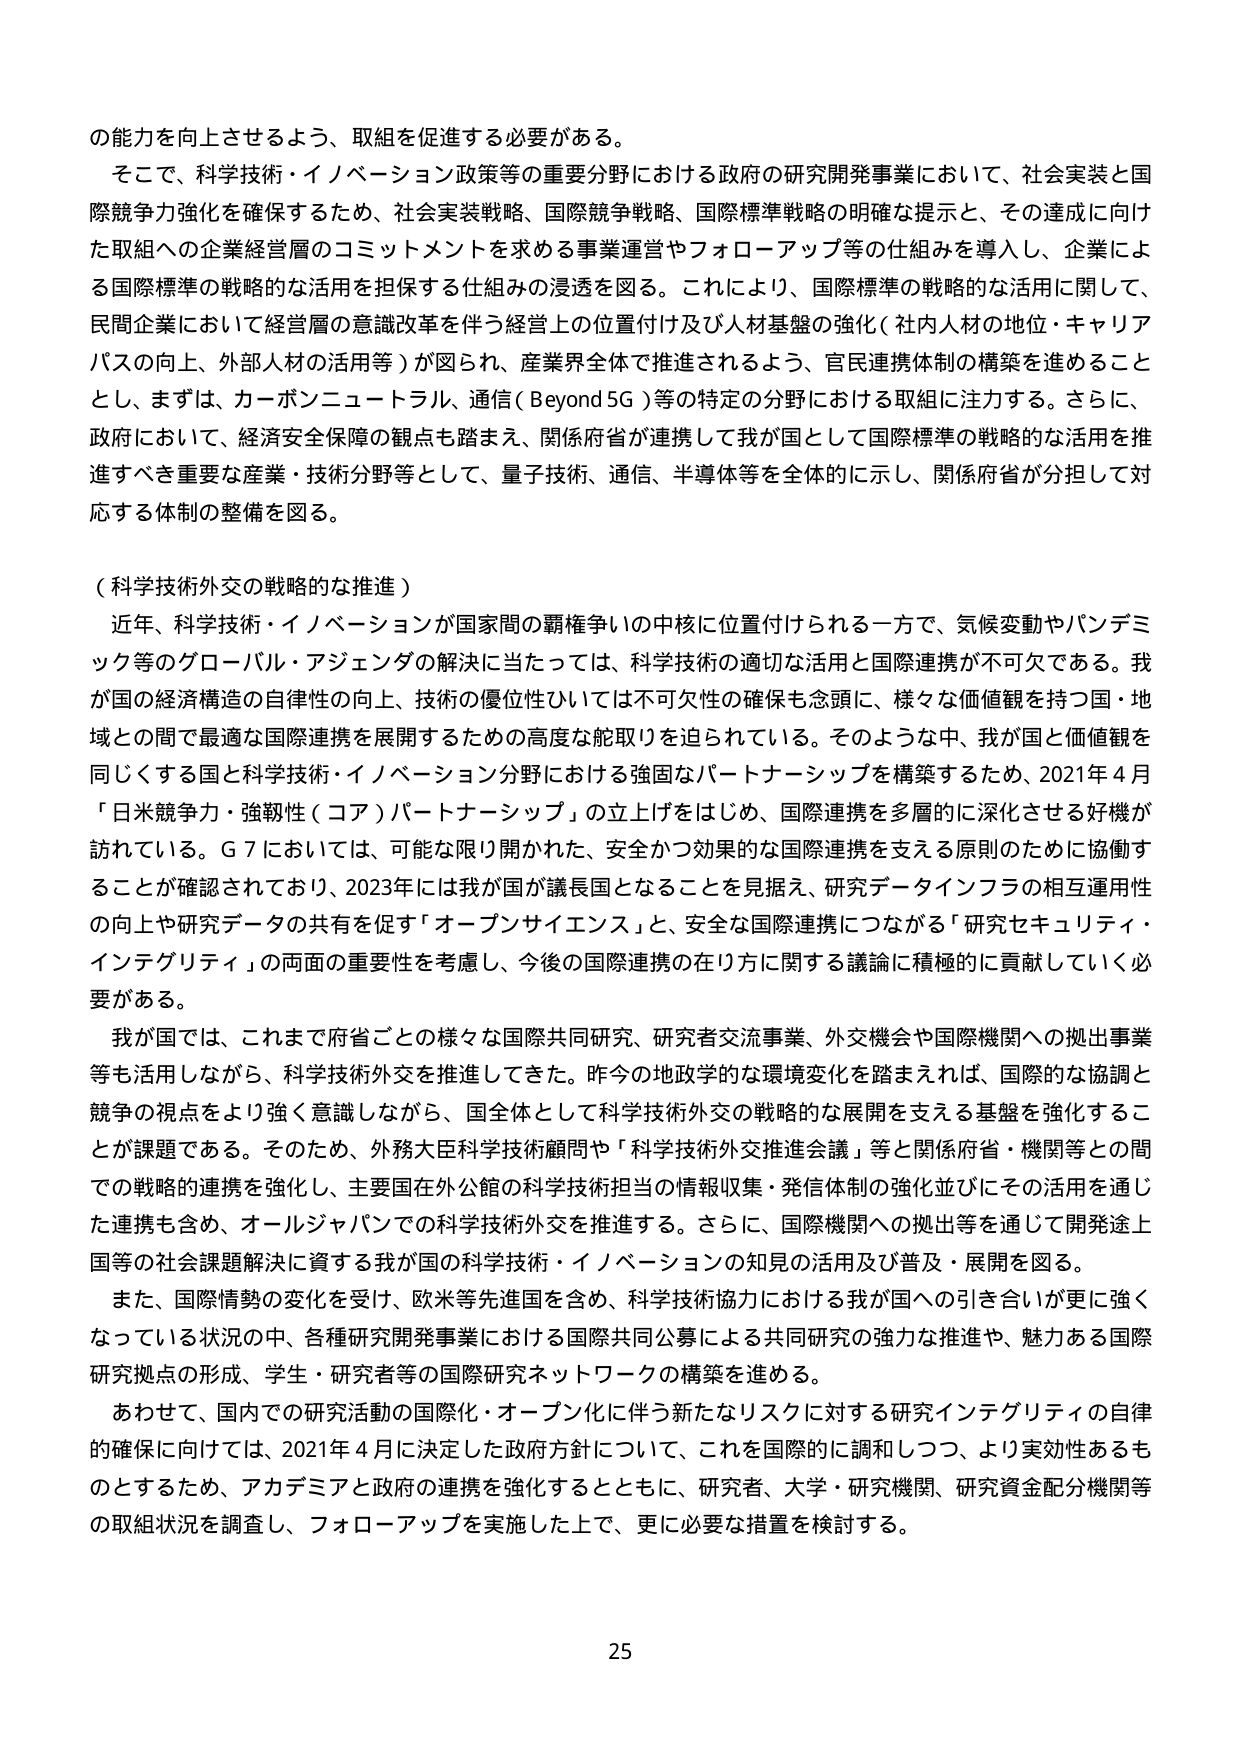
の能力を向上させるよう、取組を促進する必要がある。

そこで、科学技術・イノベーション政策等の重要分野における政府の研究開発事業において、社会実装と国際競争力強化を確保するため、社会実装戦略、国際競争戦略、国際標準戦略の明確な提示と、その達成に向けた取組への企業経営層のコミットメントを求める事業運営やフォローアップ等の仕組みを導入し、企業による国際標準の戦略的な活用を担保する仕組みの浸透を図る。これにより、国際標準の戦略的な活用に関して、民間企業において経営層の意識改革を伴う経営上の位置付け及び人材基盤の強化（社内人材の地位・キャリアパスの向上、外部人材の活用等）が図られ、産業界全体で推進されるよう、官民連携体制の構築を進めることとし、まずは、カーボンニュートラル、通信（Beyond 5G）等の特定の分野における取組に注力する。さらに、政府において、経済安全保障の観点も踏まえ、関係府省が連携して我が国として国際標準の戦略的な活用を推進すべき重要な産業・技術分野等として、量子技術、通信、半導体等を全体的に示し、関係府省が分担して対応する体制の整備を図る。

（科学技術外交の戦略的な推進）

近年、科学技術・イノベーションが国家間の覇権争いの中核に位置付けられる一方で、気候変動やパンデミック等のグローバル・アジェンダの解決に当たっては、科学技術の適切な活用と国際連携が不可欠である。我が国の経済構造の自律性の向上、技術の優位性ひいては不可欠性の確保も念頭に、様々な価値観を持つ国・地域との間で最適な国際連携を展開するための高度な舵取りを迫られている。そのような中、我が国と価値観を同じくする国と科学技術・イノベーション分野における強固なパートナーシップを構築するため、2021年4月「日米競争力・強靭性（コア）パートナーシップ」の立上げをはじめ、国際連携を多層的に深化させる好機が訪れている。G7においては、可能な限り開かれた、安全かつ効果的な国際連携を支える原則のために協働することが確認されており、2023年には我が国が議長国となることを見据え、研究データインフラの相互運用性の向上や研究データの共有を促す「オープンサイエンス」と、安全な国際連携につながる「研究セキュリティ・インテグリティ」の両面の重要性を考慮し、今後の国際連携の在り方に関する議論に積極的に貢献していく必要がある。

我が国では、これまで府省ごとの様々な国際共同研究、研究者交流事業、外交機会や国際機関への拠出事業等も活用しながら、科学技術外交を推進してきた。昨今の地政学的な環境変化を踏まえれば、国際的な協調と競争の視点をより強く意識しながら、国全体として科学技術外交の戦略的な展開を支える基盤を強化することが課題である。そのため、外務大臣科学技術顧問や「科学技術外交推進会議」等と関係府省・機関等との間での戦略的連携を強化し、主要国在外公館の科学技術担当の情報収集・発信体制の強化並びにその活用を通じた連携も含め、オールジャパンでの科学技術外交を推進する。さらに、国際機関への拠出等を通じて開発途上国等の社会課題解決に資する我が国の科学技術・イノベーションの知見の活用及び普及・展開を図る。

また、国際情勢の変化を受け、欧米等先進国を含め、科学技術協力における我が国への引き合いが更に強くなっている状況の中、各種研究開発事業における国際共同公募による共同研究の強力な推進や、魅力ある国際研究拠点の形成、学生・研究者等の国際研究ネットワークの構築を進める。

あわせて、国内での研究活動の国際化・オープン化に伴う新たなリスクに対する研究インテグリティの自律的確保に向けては、2021年4月に決定した政府方針について、これを国際的に調和しつつ、より実効性あるものとするため、アカデミアと政府の連携を強化するとともに、研究者、大学・研究機関、研究資金配分機関等の取組状況を調査し、フォローアップを実施した上で、更に必要な措置を検討する。

25